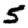
Digit: 5